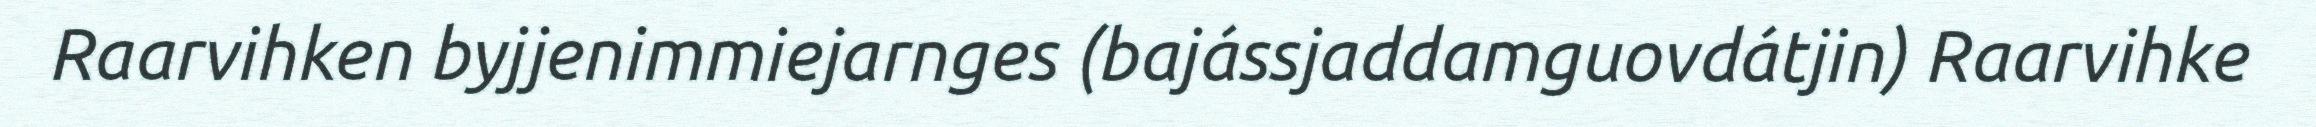
Raarvihken byjjenimmiejarnges (bajássjaddamguovdátjin) Raarvihke